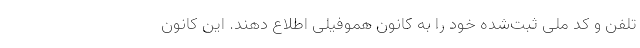
تلفن و کد ملی ثبت‌شده خود را به کانون هموفیلی اطلاع دهند. این كانون